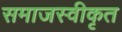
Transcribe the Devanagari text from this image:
समाजस्वीकृत